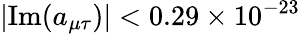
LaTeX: |\mathrm{Im}(a_{\mu\tau})|<0.29\times 10^{-23}